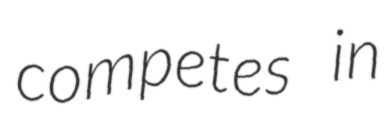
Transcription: competes in